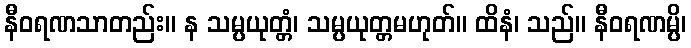
နီဝရဏသာတည်း။ န သမ္ပယုတ္တံ၊ သမ္ပယုတ္တမဟုတ်။ ထိနံ၊ သည်။ နီဝရဏမ္ပိ၊